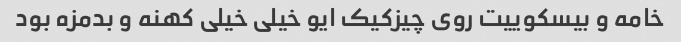
خامه و بیسکوییت روی چیزکیک ایو خیلی خیلی کهنه و بدمزه بود